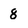
Character: 8